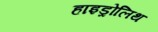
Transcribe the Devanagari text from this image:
हाइड्रोलिथ